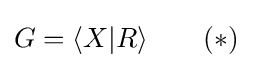
G=\langle X|R\rangle \qquad (*)